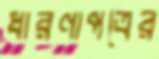
ধারণাপত্রের